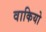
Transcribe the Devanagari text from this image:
वाकियो